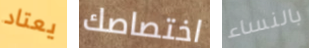
يعتاد اختصاصك بالنساء